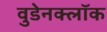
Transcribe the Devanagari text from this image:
वुडेनक्लॉक